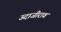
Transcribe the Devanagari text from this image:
उदाजीराव